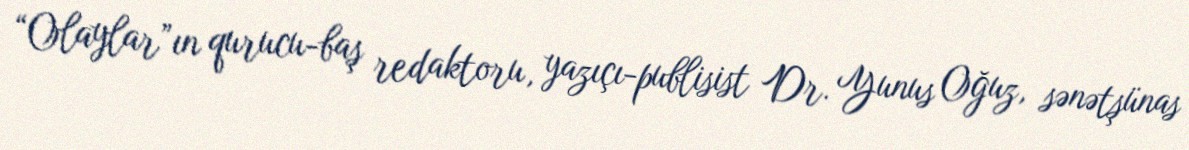
“Olaylar”ın qurucu-baş redaktoru, yazıçı-publisist Dr. Yunus Oğuz, sənətşünas